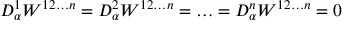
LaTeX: D _ { \alpha } ^ { 1 } W ^ { 1 2 \ldots n } = D _ { \alpha } ^ { 2 } W ^ { 1 2 \ldots n } = \ldots = D _ { \alpha } ^ { n } W ^ { 1 2 \ldots n } = 0